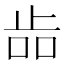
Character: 𣥧